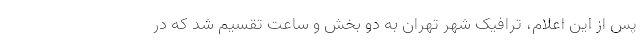
پس از این اعلام، ترافیک شهر تهران به دو بخش و ساعت تقسیم شد که در